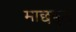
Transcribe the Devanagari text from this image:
माछकुड